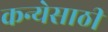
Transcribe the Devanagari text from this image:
कन्येसाठी